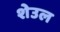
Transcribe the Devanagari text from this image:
शेउल